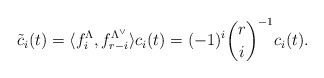
\begin{align*}\tilde{c}_i(t)=\langle f^\Lambda_i, f^{\Lambda^\vee}_{r-i}\rangle c_i(t)=(-1)^i{r\choose i}^{-1}c_i(t).\end{align*}